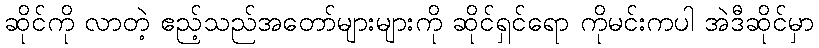
ဆိုင်ကို လာတဲ့ ဧည့်သည်အတော်များများကို ဆိုင်ရှင်ရော ကိုမင်းကပါ အဲဒီဆိုင်မှာ